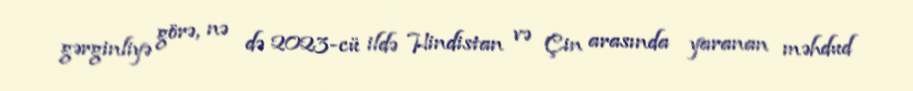
gərginliyə görə, nə də 2023-cü ildə Hindistan və Çin arasında yaranan məhdud